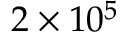
2 \times 1 0 ^ { 5 }